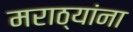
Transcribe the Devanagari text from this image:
मराठ्‍यांना